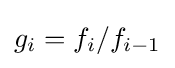
g_{i}=f_{i}/f_{i-1}